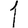
Digit: 1